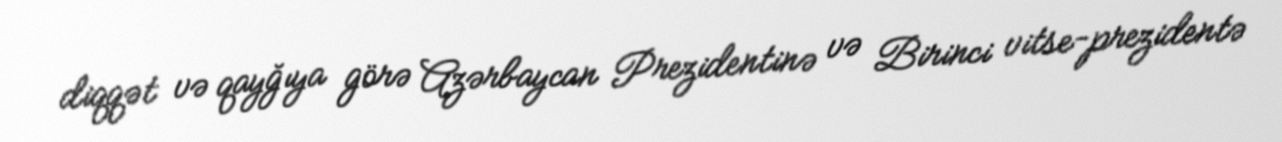
diqqət və qayğıya görə Azərbaycan Prezidentinə və Birinci vitse-prezidentə